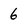
Character: 6